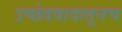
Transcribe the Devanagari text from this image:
उच्छेदवादातूनच